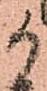
御